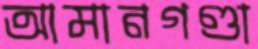
আমানগণ্ডা